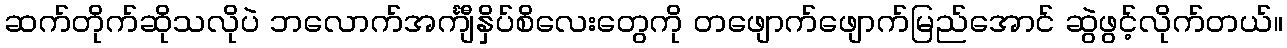
ဆက်တိုက်ဆိုသလိုပဲ ဘလောက်အင်္ကျီနှိပ်စိလေးတွေကို တဖျောက်ဖျောက်မြည်အောင် ဆွဲဖွင့်လိုက်တယ်။